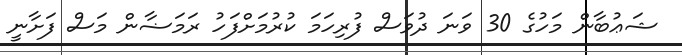
ޝަޢުބާން މަހުގެ 30 ވަނަ ދުވަސް ފުރިހަމަ ކުރުމަށްފަހު ރަމަޟާން މަސް ފަށާނީ